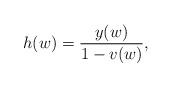
LaTeX: \begin{align*} h(w)=\frac{y(w)}{1-v(w)},\end{align*}